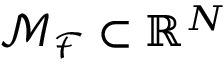
\mathcal { M } _ { \mathcal { F } } \subset \mathbb { R } ^ { N }